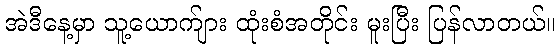
အဲဒီနေ့မှာ သူ့ယောက်ျား ထုံးစံအတိုင်း မူးပြီး ပြန်လာတယ်။